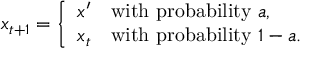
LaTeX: x _ { t + 1 } = { \left\{ \begin{array} { l l } { x ^ { \prime } } & { { \mathrm { w i t h ~ p r o b a b i l i t y ~ } } a , } \\ { x _ { t } } & { { \mathrm { w i t h ~ p r o b a b i l i t y ~ } } 1 - a . } \end{array} \right. }